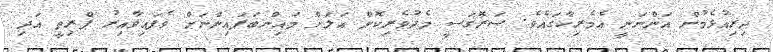
ދިރިއުޅެމުން އަންނަނީ އެމެރިކާގައެވެ. ސަރޮގަސީ މެދުވެރިކޮށް އަލަށް މައިންބަފައިންނަށް ވެފައިވާއިރު ޕްރިތީ އަދި